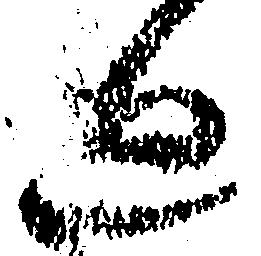
廻